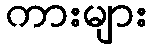
ကားများ